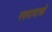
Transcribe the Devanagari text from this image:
पदयात्राओं